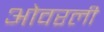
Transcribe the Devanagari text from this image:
ओवरली